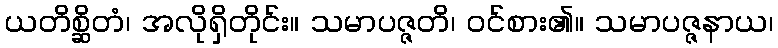
ယတိစ္ဆိတံ၊ အလိုရှိတိုင်း။ သမာပဇ္ဇတိ၊ ဝင်စား၏။ သမာပဇ္ဇနာယ၊